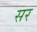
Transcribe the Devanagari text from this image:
सर